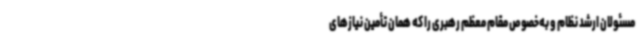
مسئولان ارشد نظام و به‌خصوص مقام معظم رهبری را که همان تأمین نیازهای